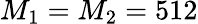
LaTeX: M_{1}=M_{2}=512